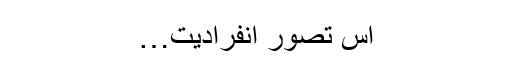
اس تصور انفرادیت…